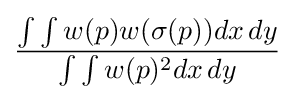
{\frac {\int \int w(p)w(\sigma (p))dx\,dy}{\int \int w(p)^{2}dx\,dy}}